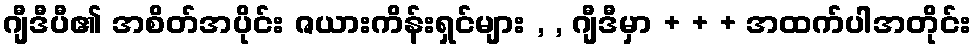
ဂျီဒီပီ၏ အစိတ်အပိုင်း ဇယားကိန်းရှင်များ , , ဂျီဒီမှာ + + + အထက်ပါအတိုင်း